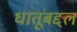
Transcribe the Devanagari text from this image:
धातूंबद्दल